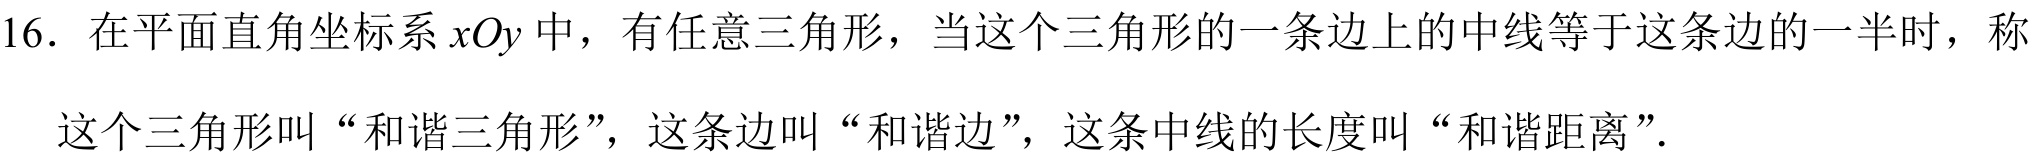
16. 在平面直角坐标系$xOy$中，有任意三角形，当这个三角形的一条边上的中线等于这条边的一半时，称
这个三角形叫“和谐三角形”，这条边叫“和谐边”，这条中线的长度叫“和谐距离”.